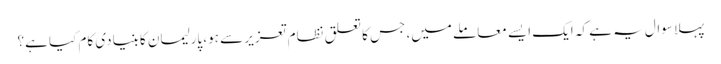
پہلا سوال یہ ہے کہ ایک ایسے معاملے میں، جس کا تعلق نظام تعزیر سے ہو، پارلیمان کا بنیادی کام کیا ہے؟